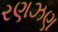
રણઝણ